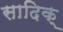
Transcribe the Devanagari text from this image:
सादिक्